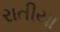
રાતીયા